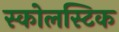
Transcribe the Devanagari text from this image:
स्कोलस्टिक